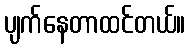
ပျက်နေတာထင်တယ်။